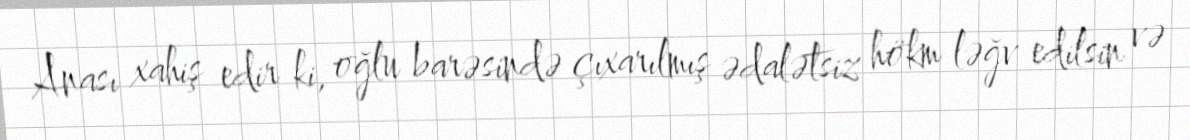
Anası xahiş edir ki, oğlu barəsində çıxarılmış ədalətsiz hökm ləğv edilsin və